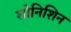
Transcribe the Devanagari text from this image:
शोनिशिन